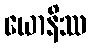
ယောနိဿ